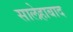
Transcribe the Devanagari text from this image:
सालेहाबाद